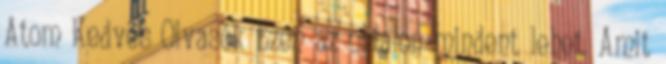
Atom Kedves Olvasók Ezen az oldalon mindent lehet. Amit